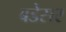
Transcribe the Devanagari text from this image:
बडेसर